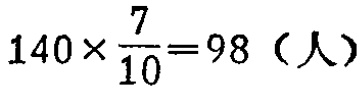
$140\times\frac{7}{10}=98（人）$